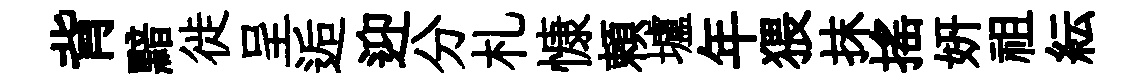
背黯徙呈逅迎分札慷頼壚年猥抹揺妍祖紜